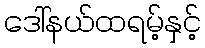
ဒေါ်နယ်ထရမ့်နှင့်